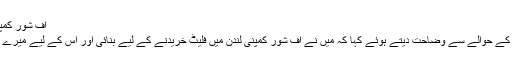
آف شور کمپنی پر عمران خان کی وضاحت
عمران خان نے آف شور کمپنی کے حوالے سے وضاحت دیتے ہوئے کہا کہ میں نے آف شور کمپنی لندن میں فلیٹ خریدنے کے لیے بنائی اور اس کے لیے میرے اکاونٹنٹ نے ہی مشورہ دیا تھا۔